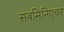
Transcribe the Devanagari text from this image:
सबमिनिएचर